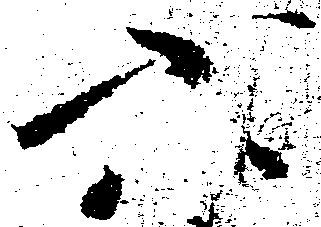
六